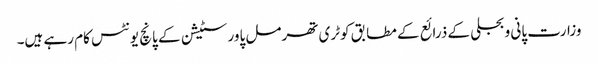
وزارت پانی و بجلی کے ذرائع کے مطابق کوٹری تھرمل پاور سٹیشن کے پانچ یونٹس کام رہے ہیں۔